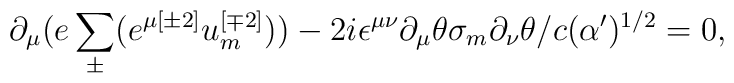
\partial _{\mu }(e \sum^{}_{\pm } (e^{\mu {[\pm 2]}} u^{{ [\mp 2]}}_{{ m}})) - 2i\epsilon ^{\mu \nu }\partial _{\mu}\theta \sigma _{{ m}}\partial _{\nu }\theta /c(\alpha ')^{{ 1/2}} = 0 ,